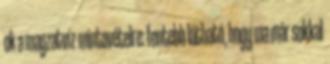
ok a magzatvíz-mintavételre: fentebb látható, hogy ma már sokkal